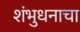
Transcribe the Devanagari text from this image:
शंभुधनाचा